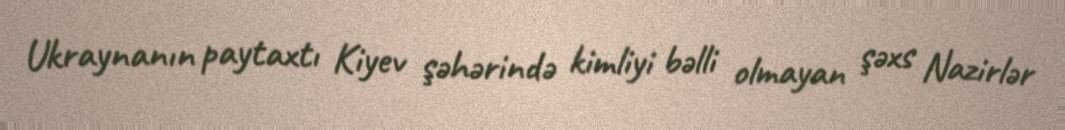
Ukraynanın paytaxtı Kiyev şəhərində kimliyi bəlli olmayan şəxs Nazirlər